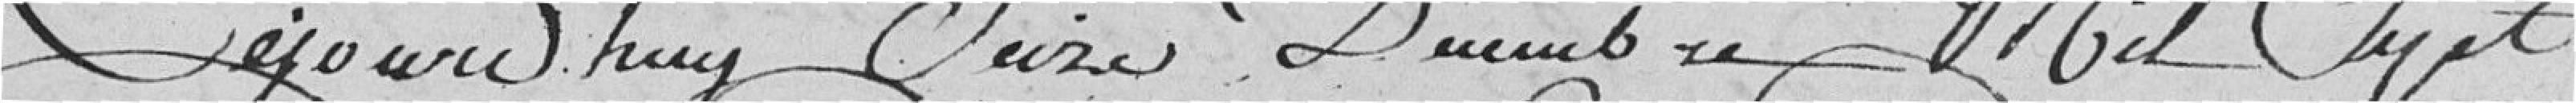
Aujourd'hui Seize Décembre Mil Sept